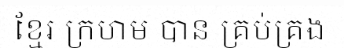
ខ្មែរ ក្រហម បាន គ្រប់គ្រង